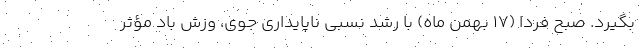
بگیرد. صبح فردا (۱۷ بهمن ماه) با رشد نسبی ناپایداری جوی، وزش باد مؤثر